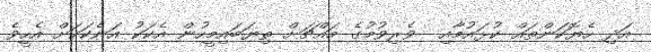
އަދި ހެޔޮކަންތައް ކުޅައުމާއި  ވެރިވުމުގެ މައްޗަށް ތިޔަބައިމީހުން އެކަކު އަނެކަކަށް އެހީވެ